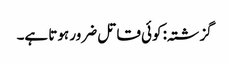
گزشتہ: کوئی قاتل ضرور ہوتا ہے۔